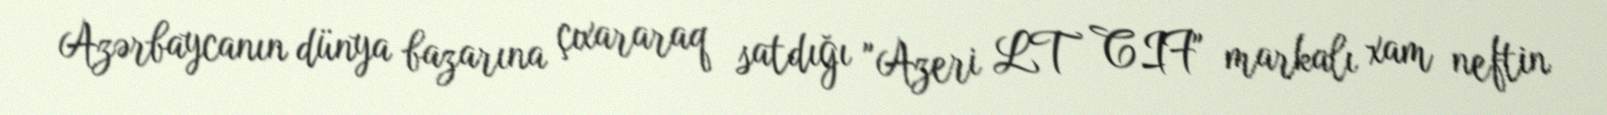
Azərbaycanın dünya bazarına çıxararaq satdığı "Azeri LT CIF" markalı xam neftin